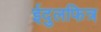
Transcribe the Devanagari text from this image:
ईदुलफित्र